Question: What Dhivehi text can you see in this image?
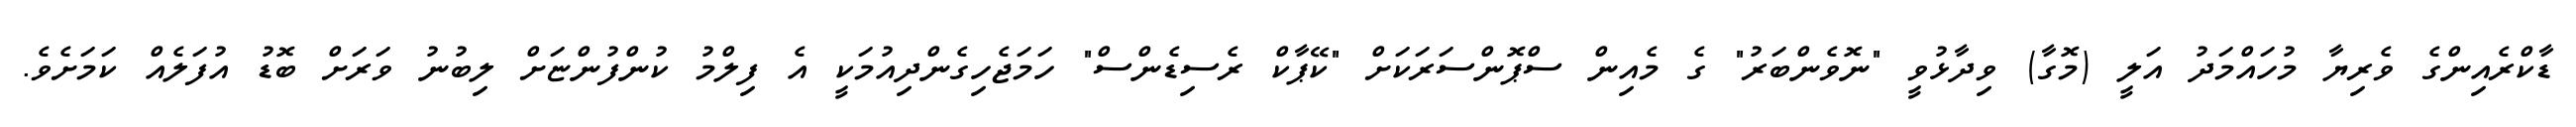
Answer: ޑާކްރެއިންގެ ވެރިޔާ މުހައްމަދު އަލީ (މޮގާ) ވިދާޅުވީ "ނޮވެންބަރު" ގެ މެއިން ސްޕޮންސަރަކަށް "ކޭޕާކް ރެސިޑެންސް" ހަމަޖެހިގެންދިއުމަކީ އެ ފިލްމު ކުންފުންޏަށް ލިބުނު ވަރަށް ބޮޑު އުފަލެއް ކަމަށެވެ.